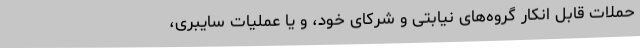
حملات قابل انکار گروه‌های نیابتی و شرکای خود، و یا عملیات سایبری،